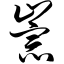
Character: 崇